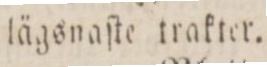
lägsnaſte trakter.